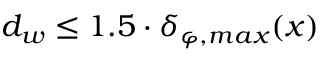
d _ { w } \leq 1 . 5 \cdot \delta _ { \varphi , m a x } ( x )